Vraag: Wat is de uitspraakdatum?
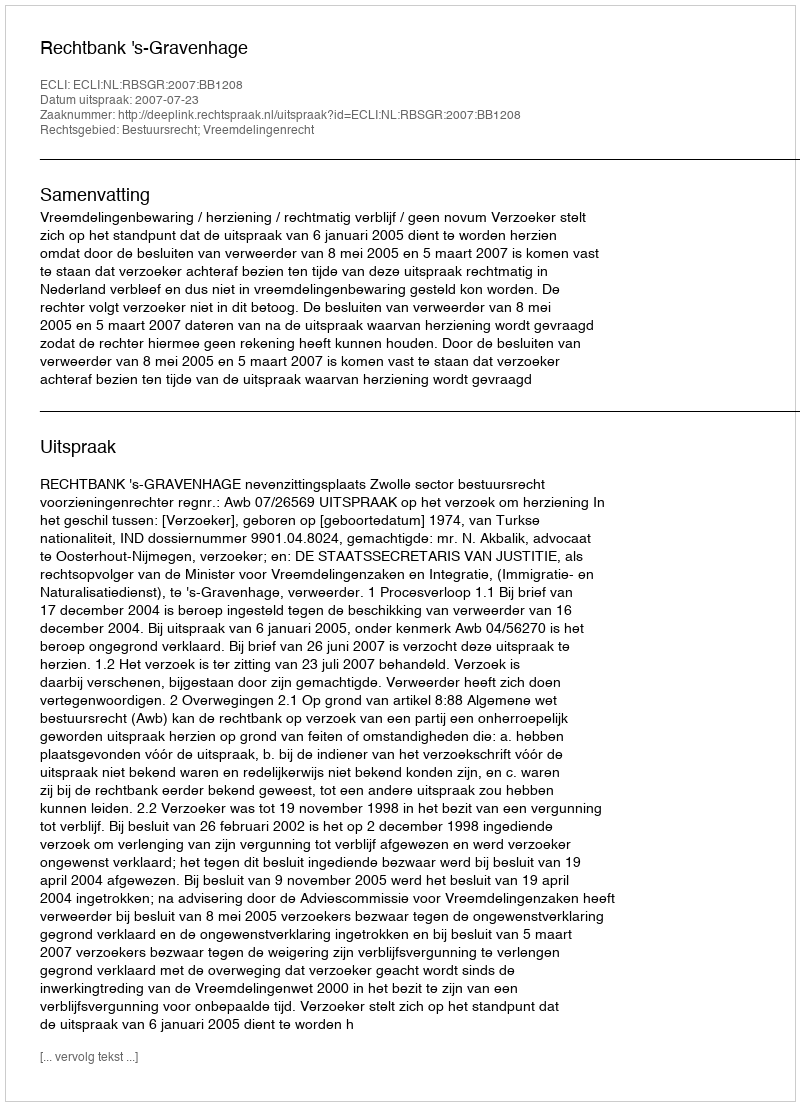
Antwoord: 2007-07-23